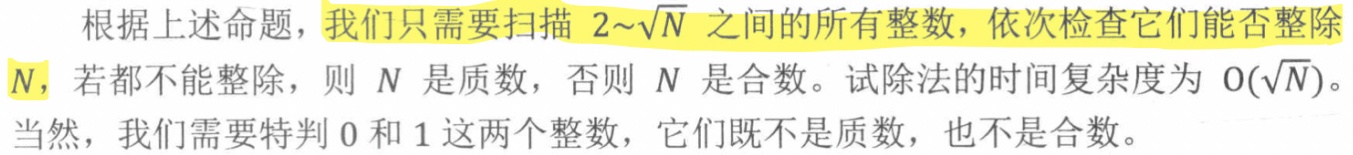
根据上述命题，我们只需要扫描 \(2\sim\sqrt{N}\) 之间的所有整数，依次检查它们能否整除 \(N\)，若都不能整除，则 \(N\) 是质数，否则 \(N\) 是合数。试除法的时间复杂度为 \(O(\sqrt{N})\)。当然，我们需要特判 \(0\) 和 \(1\) 这两个整数，它们既不是质数，也不是合数。